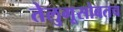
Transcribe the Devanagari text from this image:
तेलुगूसोबतच